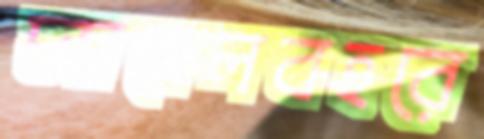
চ্যানেলবহরে